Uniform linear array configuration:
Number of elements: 12
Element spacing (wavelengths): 0.5
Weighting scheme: cosine
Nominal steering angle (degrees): -45
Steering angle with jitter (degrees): -45.354
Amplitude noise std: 0.05
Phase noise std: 0.05

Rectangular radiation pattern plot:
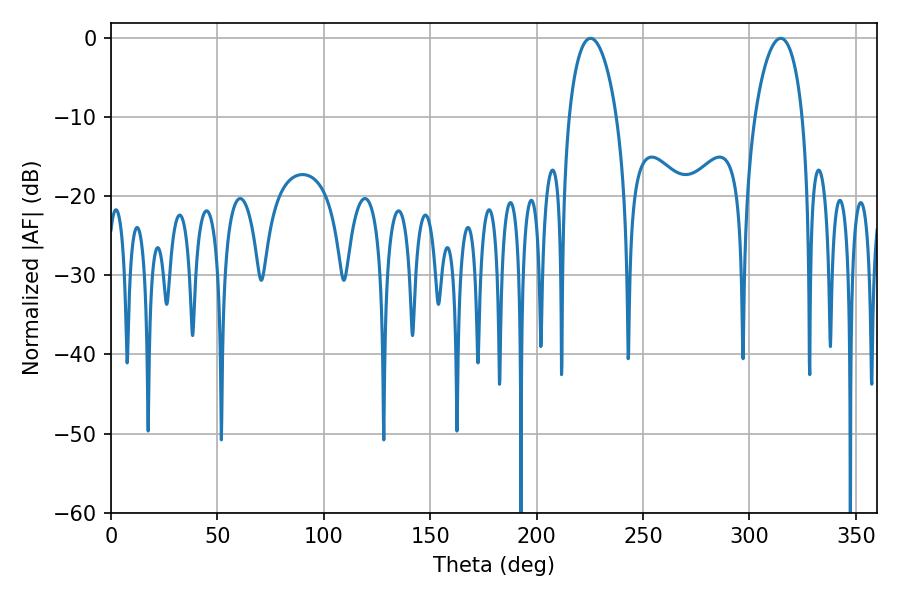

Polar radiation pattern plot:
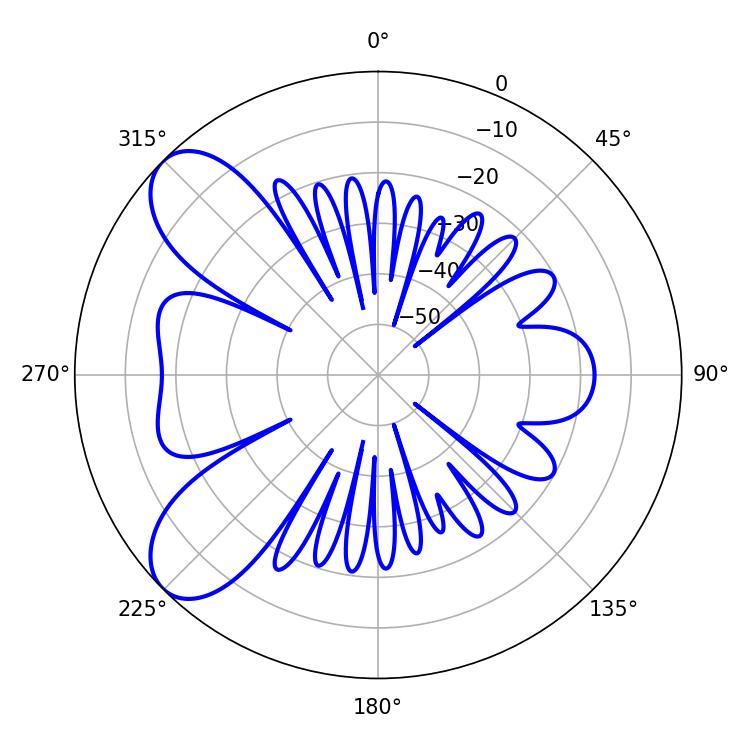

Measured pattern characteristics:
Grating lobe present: FALSE
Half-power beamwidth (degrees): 12.78
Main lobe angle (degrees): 225.36